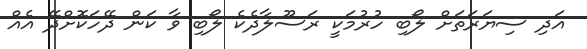
އަދި ސިޔަރަތަށް ލޯބި ހުރުމަކީ ރަސޫލާދެކެ ލޯބި ވާ ކަން ދޭހަކޮށްދޭ އެއް